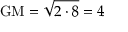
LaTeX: { \mathrm { G M } } = { \sqrt { 2 \cdot 8 } } = 4